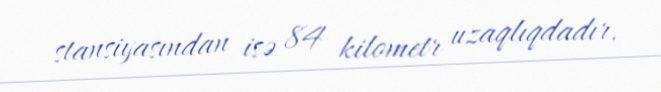
stansiyasından isə 84 kilometr uzaqlıqdadır.